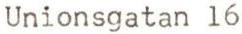
Unionsgatan 16